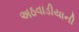
અઠવાડીયાની